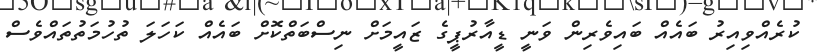
ކުރެއްވިއިރު ބައެއް ބައިވެރިން ވަނީ ޑީއާރުޕީގެ ޒައީމަށް ނިސްބަތްކޮށް ބައެއް ކަހަލަ ތުހުމަތުތައްވެސް